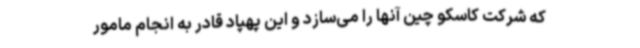
که شرکت کاسکو چین آنها را می‌سازد و این پهپاد قادر به انجام مامور